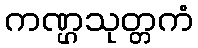
ကဏ္ဌသုတ္တကံ